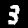
Digit: 3